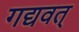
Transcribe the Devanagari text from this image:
गद्यवत्